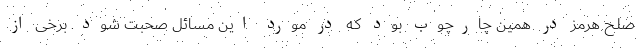
صلح هرمز در همین چارچوب بود که در مورد این مسائل صحبت شود. برخی از